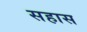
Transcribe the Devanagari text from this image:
सहास